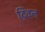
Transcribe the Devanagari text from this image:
टि्वन